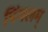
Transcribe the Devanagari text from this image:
पिंगलम्